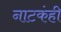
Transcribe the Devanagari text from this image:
नाटकंही